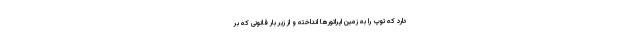
دارد که توپ را به زمین اپراتورها انداخته و از زیر بار قانونی که بر